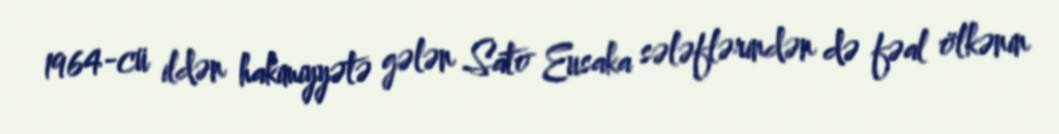
1964-cü ildən hakimiyyətə gələn Sato Eusaka sələflərindən də fəal ölkənin